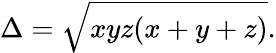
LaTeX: \Delta={\sqrt{xyz(x+y+z)}}.